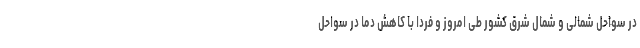
در سواحل شمالی و شمال شرق کشور طی امروز و فردا با کاهش دما در سواحل